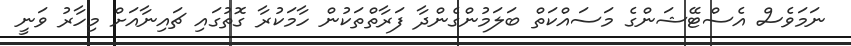
ނަމަވެސް އެސްޓޭޝަންގެ މަސައްކަތް ބަލަމުންގެންދާ ފަރާތްތަކުން ހާމަކުރާ ގޮތުގައި ޗައިނާއަށް މިހާރު ވަނީ